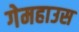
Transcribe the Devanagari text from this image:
गेमहाउस